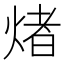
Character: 𤌄